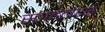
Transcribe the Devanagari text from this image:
स्टाइलेट्स